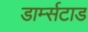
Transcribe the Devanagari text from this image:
डार्म्सटाड